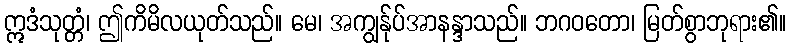
ဣဒံသုတ္တံ၊ ဤကိမိလယုတ်သည်။ မေ၊ အကျွန်ုပ်အာနန္ဒာသည်။ ဘဂဝတော၊ မြတ်စွာဘုရား၏။